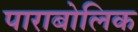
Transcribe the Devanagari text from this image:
पाराबोलिक